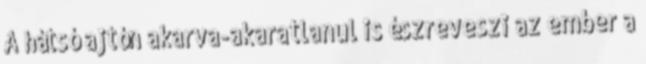
A hátsó ajtón akarva-akaratlanul is észreveszi az ember a